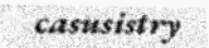
casusistry